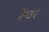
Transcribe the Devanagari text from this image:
रेंचर